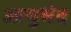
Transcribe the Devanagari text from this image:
आयुभेद